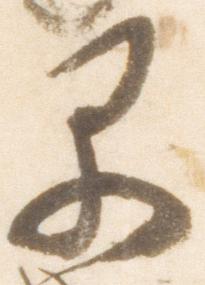
早